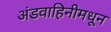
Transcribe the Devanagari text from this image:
अंडवाहिनीमधून